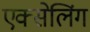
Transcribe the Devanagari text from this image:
एक्सेलिंग